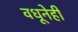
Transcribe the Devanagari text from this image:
वधूनेही